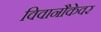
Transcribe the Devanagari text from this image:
विवानौकेवर